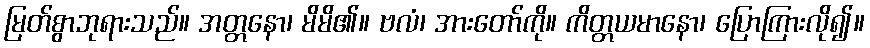
မြတ်စွာဘုရားသည်။ အတ္တနော၊ မိမိ၏။ ဗလံ၊ အားတော်ကို။ ကိတ္တယမာနော၊ ပြောကြားလို၍။